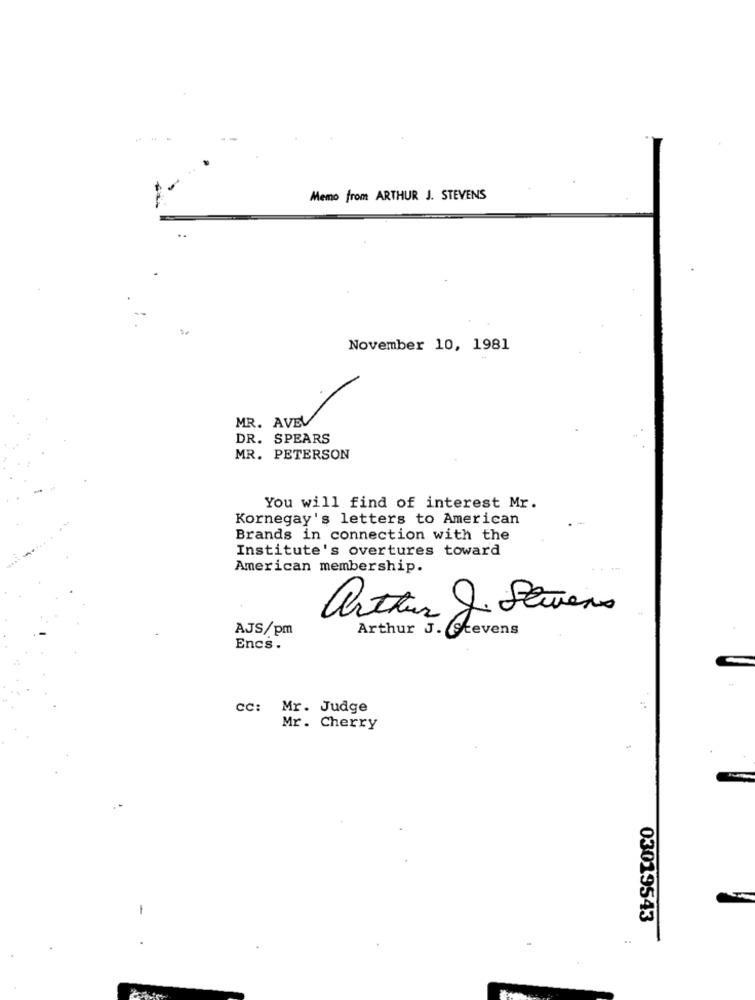
Memo from ARTHUR J. STEVENS
November 10, 1981
MR. AVEV
DR. SPEARS
MR. PETERSON
You will find of interest Mr.
Kornegay's letters to American
Brands in connection with the
Institute's overtures toward
American membership.
arthur J. Stevens
AJS/pm
Arthur J. Stevens
Encs.
CC: Mr. Judge
Mr. Cherry
03019543